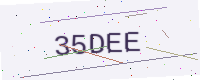
Text: 35DEE